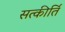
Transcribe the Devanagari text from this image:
सत्कीर्ति